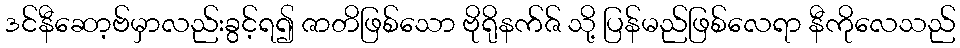
ဒင်နီဆော့ဗ်မှာလည်းခွင့်ရ၍ ဇာတိဖြစ်သော ဗိုရိုနက်ဇ် သို့ ပြန်မည်ဖြစ်လေရာ နီကိုလေသည်